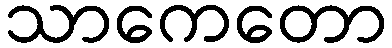
သာကေတော